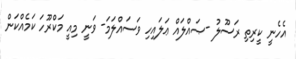
އެހެނީ ކީރިތި ރަސޫލު -ޞައްލައް ޢަލައިހި ވަސައްލަމަ- ވަނީ މިއީ މަކްރޫހަ ކަމެއްކަން